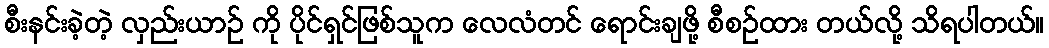
စီးနင်းခဲ့တဲ့ လှည်းယာဉ် ကို ပိုင်ရှင်ဖြစ်သူက လေလံတင် ရောင်းချဖို့ စီစဉ်ထား တယ်လို့ သိရပါတယ်။